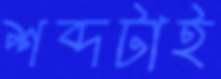
শব্দটাই